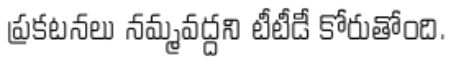
ప్రకటనలు నమ్మవద్దని టీటీడీ కోరుతోంది.